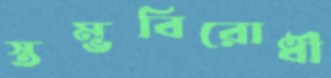
স্তম্ভবিরোধী